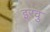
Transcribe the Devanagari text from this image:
इरवु